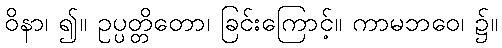
ဝိနာ၊ ၍။ ဥပ္ပတ္တိတော၊ ခြင်းကြောင့်။ ကာမဘဝေ၊ ၌။